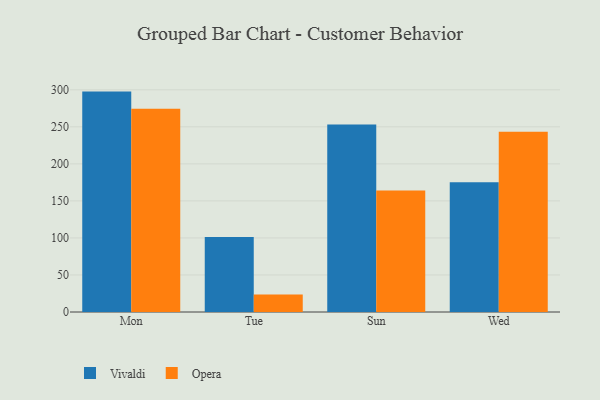
{"axis": {"x": "Day", "y": "Humidity (%)"}, "legend": ["Opera", "Vivaldi"], "data": [{"x": "Mon", "y": 297.6, "type": "Vivaldi"}, {"x": "Mon", "y": 274.5, "type": "Opera"}, {"x": "Tue", "y": 101.2, "type": "Vivaldi"}, {"x": "Tue", "y": 23.5, "type": "Opera"}, {"x": "Sun", "y": 253.3, "type": "Vivaldi"}, {"x": "Sun", "y": 164.1, "type": "Opera"}, {"x": "Wed", "y": 175.1, "type": "Vivaldi"}, {"x": "Wed", "y": 243.5, "type": "Opera"}]}